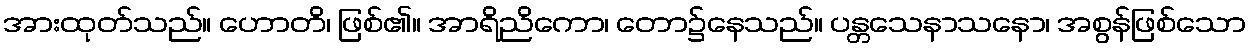
အားထုတ်သည်။ ဟောတိ၊ ဖြစ်၏။ အာရိညိကော၊ တော၌နေသည်။ ပန္တသေနာသနော၊ အစွန်ဖြစ်သော